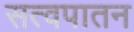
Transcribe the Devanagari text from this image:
सत्वपातन